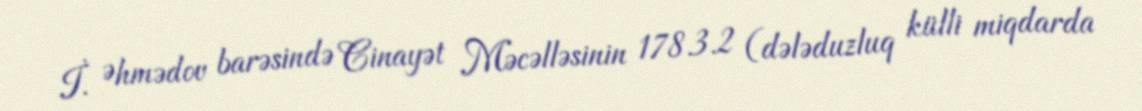
İ. Əhmədov barəsində Cinayət Məcəlləsinin 178.3.2 (dələduzluq külli miqdarda